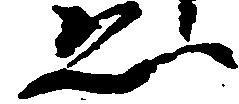
ゑ